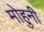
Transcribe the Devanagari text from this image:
मोहुनी